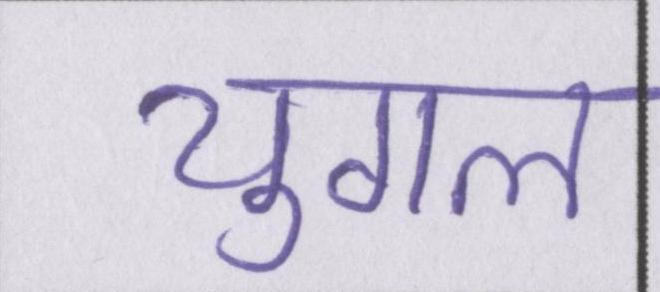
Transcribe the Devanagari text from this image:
युगल